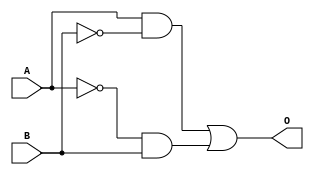
module XOR_gate(input A, input B, output O);
  
  wire notA, notB;
  
  // Invert input signals
  assign notA = ~A;
  assign notB = ~B;
  
  // AND gates
  assign and1 = A & notB;
  assign and2 = notA & B;
  
  // OR gate
  assign O = and1 | and2;
  
endmodule